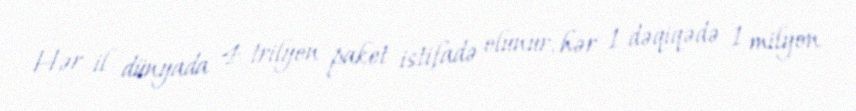
Hər il dünyada 4 trilyon paket istifadə olunur, hər 1 dəqiqədə 1 milyon